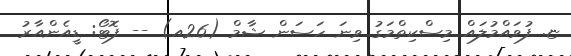
ޏ. ފުވައްމުލައް މިސްކިތްމަގު ވިނަ ހަސަން ޝާމް (26އ) -- ފޮޓޯ: ޑީއެންއާރު